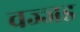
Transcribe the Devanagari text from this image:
वज्जड